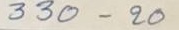
330 - 20